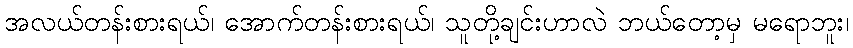
အလယ်တန်းစားရယ်၊ အောက်တန်းစားရယ်၊ သူတို့ချင်းဟာလဲ ဘယ်တော့မှ မရောဘူး၊